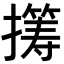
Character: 𫾏